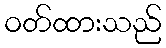
ဝတ်ထားသည်